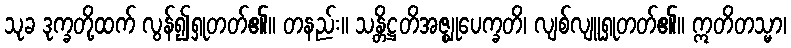
သုခ ဒုက္ခတို့ထက် လွန်၍ရှုတတ်၏။ တနည်း။ သန္တိဋ္ဌတိအဇ္ဈုပေက္ခတိ၊ လျစ်လျူရှုတတ်၏။ ဣတိတသ္မာ၊